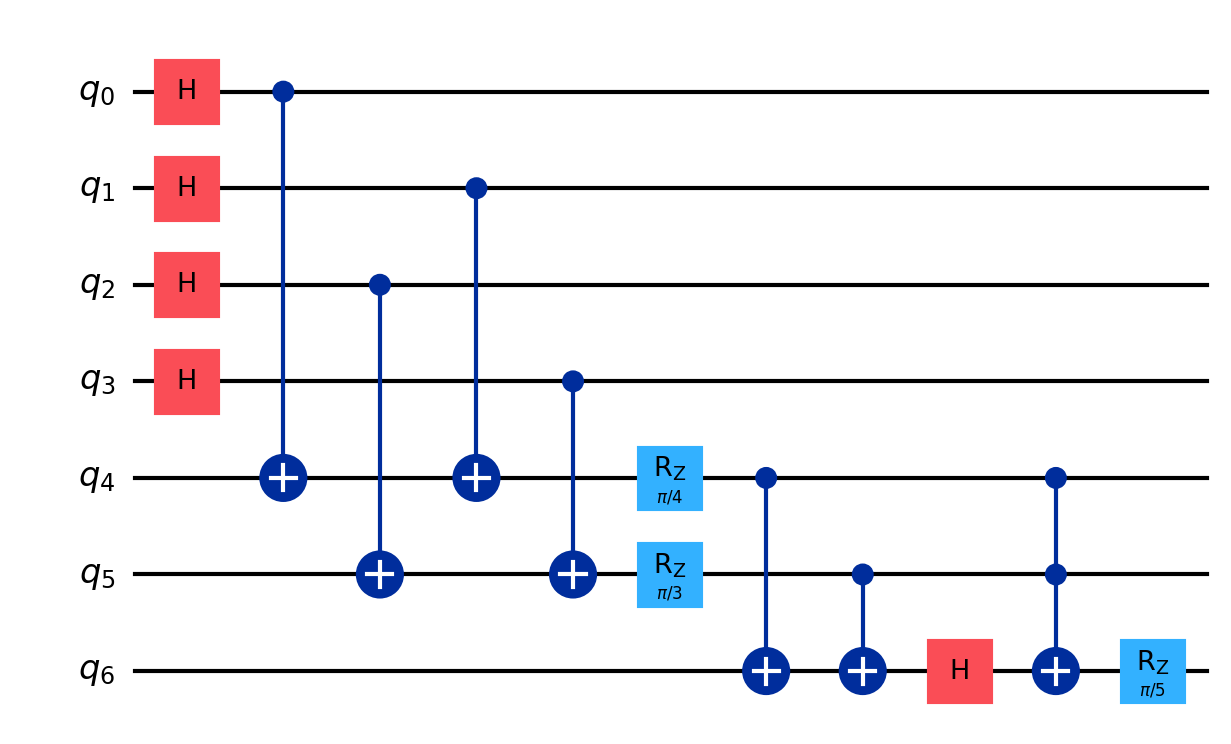
Description: SPHINCS+ hash-based signature tree
描述: SPHINCS+基于哈希的签名树
Category: btc_quantum_security (difficulty: advanced)
Qubits: 7, circuit depth: 9
Blockchain relevance: btc_security

Braket implementation:
import math
from braket.circuits import Circuit
circuit = Circuit()
for i in range(4):
    circuit.h(i)
circuit.cnot(0, 4).cnot(1, 4).rz(4, math.pi/4)
circuit.cnot(2, 5).cnot(3, 5).rz(5, math.pi/3)
circuit.cnot(4, 6).cnot(5, 6)
circuit.h(6)
circuit.ccnot(4, 5, 6)
circuit.rz(6, math.pi/5)

Qiskit implementation:
import math
from qiskit import QuantumCircuit
circuit = QuantumCircuit(7)
for i in range(4):
    circuit.h(i)
circuit.cx(0, 4).cx(1, 4).rz(math.pi/4, 4)
circuit.cx(2, 5).cx(3, 5).rz(math.pi/3, 5)
circuit.cx(4, 6).cx(5, 6)
circuit.h(6)
circuit.ccx(4, 5, 6)
circuit.rz(math.pi/5, 6)